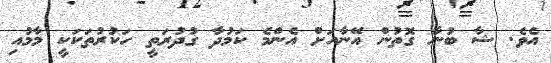
އެވެ. ޝާ ބުނާ ގޮތުން އޭނާއަށް އެންމެ ކަމުދާ ގުދުރަތީ ހަކުރުތަކަކީ މާމުއި